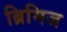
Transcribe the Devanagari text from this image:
ब्रिमिज